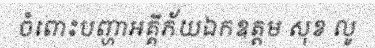
ចំពោះបញ្ហាអគ្គីភ័យឯកឧត្តម សុខ លូ